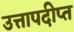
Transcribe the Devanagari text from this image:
उत्तापदीप्त